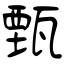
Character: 甄